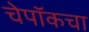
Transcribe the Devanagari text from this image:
चेपॉकचा